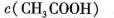
c (C H_{3} C O O H) $$